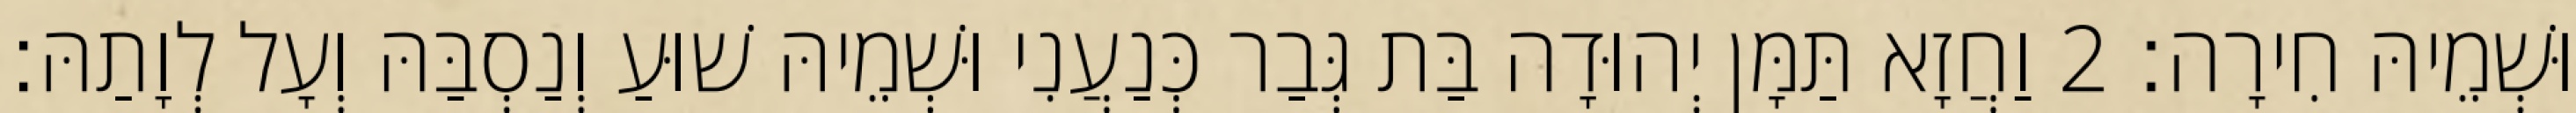
וּשְׁמֵיהּ חִירָה׃ 2 וַחֲזָא תַּמָּן יְהוּדָה בַּת גְּבַר כְּנַעֲנִי וּשְׁמֵיהּ שׁוּעַ וְנַסְבַּהּ וְעָל לְוָתַהּ׃